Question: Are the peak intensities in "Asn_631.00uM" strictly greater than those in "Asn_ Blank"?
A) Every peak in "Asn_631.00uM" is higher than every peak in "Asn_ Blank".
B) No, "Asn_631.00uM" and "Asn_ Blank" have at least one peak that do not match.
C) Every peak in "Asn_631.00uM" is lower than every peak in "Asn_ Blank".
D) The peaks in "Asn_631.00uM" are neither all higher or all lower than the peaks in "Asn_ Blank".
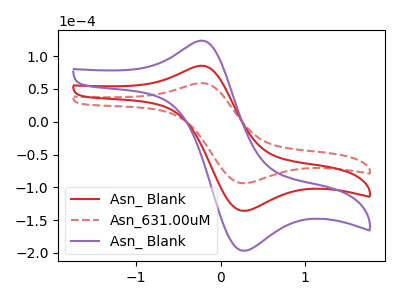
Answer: <think>The red curve "Asn_ Blank" has an anodic peak at (-0.25V, 85.00uA) and a cathodic peak at (0.25V, -135.80uA). The red dashed curve "Asn_631.00uM" has an anodic peak at (-0.25V, 58.70uA) and a cathodic peak at (0.25V, -93.75uA). The purple curve "Asn_ Blank" has an anodic peak at (-0.25V, 170.05uA) and a cathodic peak at (0.25V, -271.65uA).</think>
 <answer>C) Every peak in "Asn_631.00uM" is lower than every peak in "Asn_ Blank".</answer>
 <eval>C</eval>